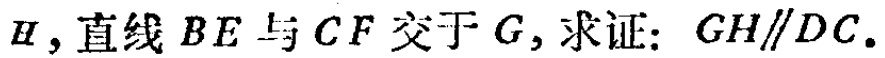
$H$，直线$BE$与$CF$交于$G$，求证：$GH\parallel DC.$